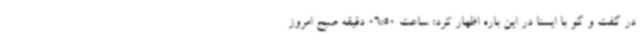
در گفت و گو با ایسنا در این باره اظهار کرد: ساعت 06:50 دقیقه صبح امروز